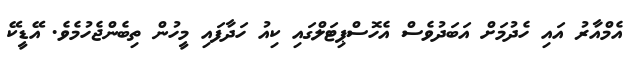
އެމްއާރު އައި ހެދުމަށް އަބަދުވެސް އެހޮސްޕިޓަލްގައި ކިއު ހަދާފައި މީހުން ތިބެންޖެހުމެވެ. އޭޑީކޭ